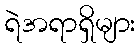
ရဲအရာရှိများ